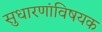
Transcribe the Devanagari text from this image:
सुधारणांविषयक